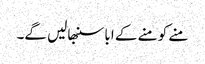
منے کو منے کے ابا سنبھالیں گے۔